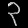
Digit: ၃